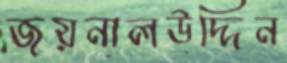
জয়নালউদ্দিন